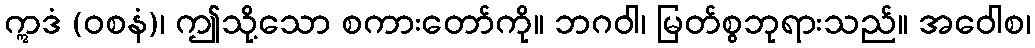
ဣဒံ (ဝစနံ)၊ ဤသို့သော စကားတော်ကို။ ဘဂဝါ၊ မြတ်စွဘုရားသည်။ အဝေါစ၊